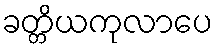
ခတ္တိယကုလာပေ